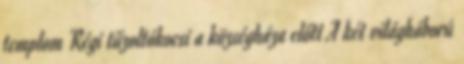
templom Régi tűzoltókocsi a községháza előtt A két világháború